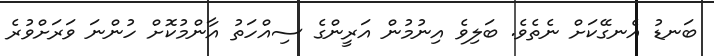
ބަނޑު އެނގޭކަށް ނެތެވެ. ބަލިވެ އިނުމުން އަރީންގެ ސިއްހަތު އާންމުކޮށް ހުންނަ ވަރަށްވުރެ